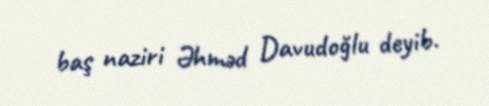
baş naziri Əhməd Davudoğlu deyib.